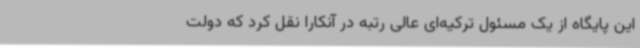
این پایگاه از یک مسئول ترکیه‌ای عالی رتبه در آنکارا نقل کرد که دولت